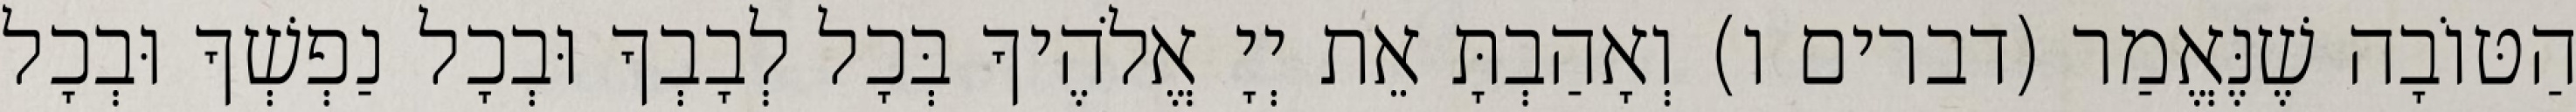
הַטּוֹבָה שֶׁנֶּאֱמַר (דברים ו) וְאָהַבְתָּ אֵת יְיָ אֱלֹהֶיךָ בְּכָל לְבָבְךָ וּבְכָל נַפְשְׁךָ וּבְכָל